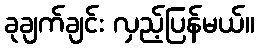
ခုချက်ချင်း လှည့်ပြန်မယ်။